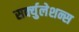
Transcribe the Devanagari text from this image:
सर्क्युलेशन्स